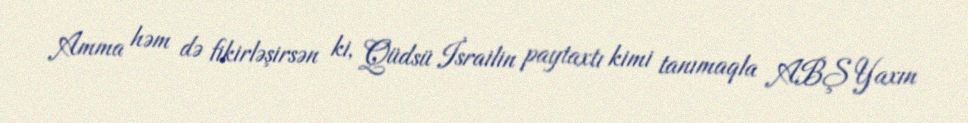
Amma həm də fikirləşirsən ki, Qüdsü İsrailin paytaxtı kimi tanımaqla ABŞ Yaxın